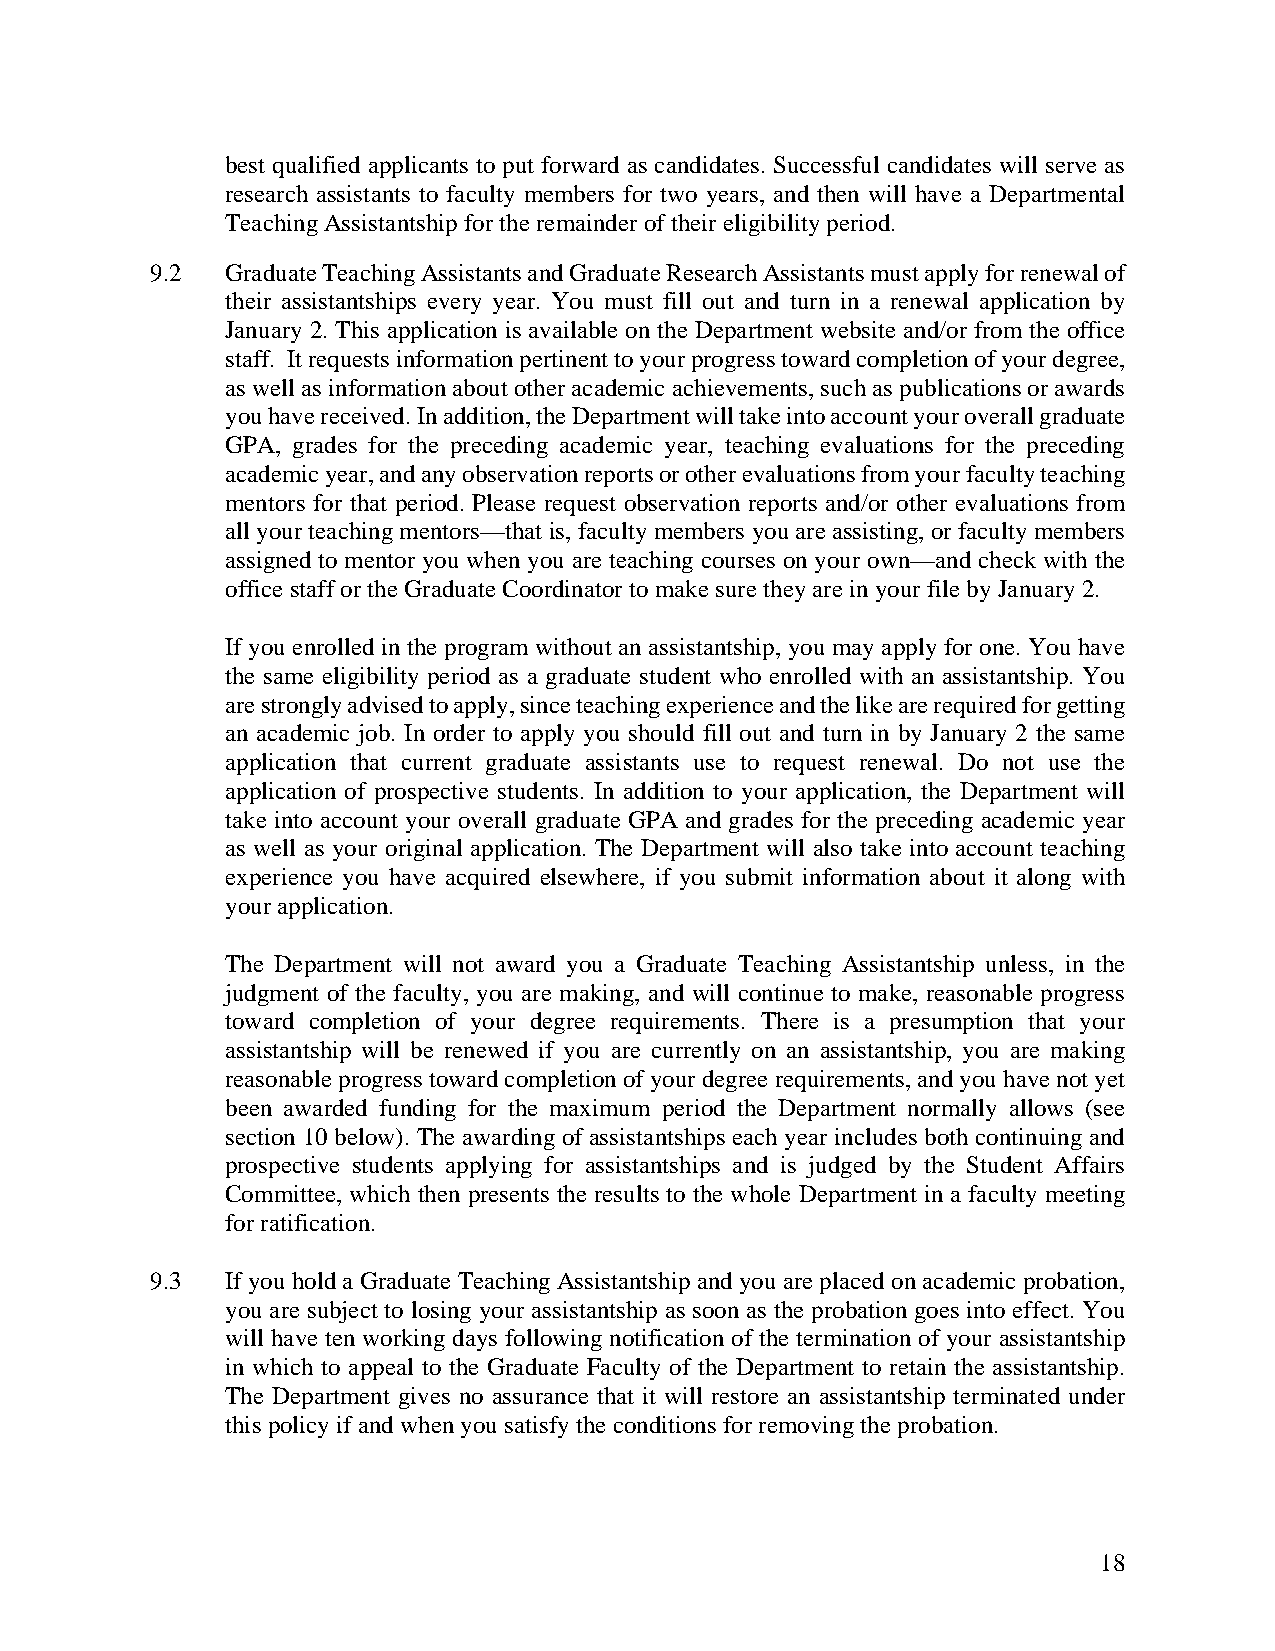
best qualified applicants to put forward as candidates. Successful candidates will serve as
 research assistants to faculty members for two years, and then will have a Departmental
 Teaching Assistantship for the remainder of their eligibility period.
 9.2  Graduate Teaching Assistants and Graduate Research Assistants must apply for renewal of
 their assistantships every year. You must fill out and turn in a renewal application by
 January 2. This application is available on the Department website and/or from the office
 staff. It requests information pertinent to your progress toward completion of your degree,
 as well as information about other academic achievements, such as publications or awards
 you have received. In addition, the Department will take into account your overall graduate
 GPA, grades for the preceding academic year, teaching evaluations for the preceding
 academic year, and any observation reports or other evaluations from your faculty teaching
 mentors for that period. Please request observation reports and/or other evaluations from
 all your teaching mentors—that is, faculty members you are assisting, or faculty members
 assigned to mentor you when you are teaching courses on your own—and check with the
 office staff or the Graduate Coordinator to make sure they are in your file by January 2.
 If you enrolled in the program without an assistantship, you may apply for one. You have
 the same eligibility period as a graduate student who enrolled with an assistantship. You
 are strongly advised to apply, since teaching experience and the like are required for getting
 an academic job. In order to apply you should fill out and turn in by January 2 the same
 application that current graduate assistants use to request renewal. Do not use the
 application of prospective students. In addition to your application, the Department will
 take into account your overall graduate GPA and grades for the preceding academic year
 as well as your original application. The Department will also take into account teaching
 experience you have acquired elsewhere, if you submit information about it along with
 your application.
 The Department will not award you a Graduate Teaching Assistantship unless, in the
 judgment of the faculty, you are making, and will continue to make, reasonable progress
 toward completion of your degree requirements. There is a presumption that your
 assistantship will be renewed if you are currently on an assistantship, you are making
 reasonable progress toward completion of your degree requirements, and you have not yet
 been awarded funding for the maximum period the Department normally allows (see
 section 10 below). The awarding of assistantships each year includes both continuing and
 prospective students applying for assistantships and is judged by the Student Affairs
 Committee, which then presents the results to the whole Department in a faculty meeting
 for ratification.
 9.3  If you hold a Graduate Teaching Assistantship and you are placed on academic probation,
 you are subject to losing your assistantship as soon as the probation goes into effect. You
 will have ten working days following notification of the termination of your assistantship
 in which to appeal to the Graduate Faculty of the Department to retain the assistantship.
 The Department gives no assurance that it will restore an assistantship terminated under
 this policy if and when you satisfy the conditions for removing the probation.
 18